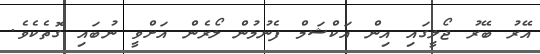
އޭރު ބޭރު ޖޯލީގައި އިން އަކްޝަމް ފެނުމުން ލޯރެން އަށްވީ ނުބައި ގޮތެކެވެ.